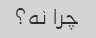
چرا نه؟